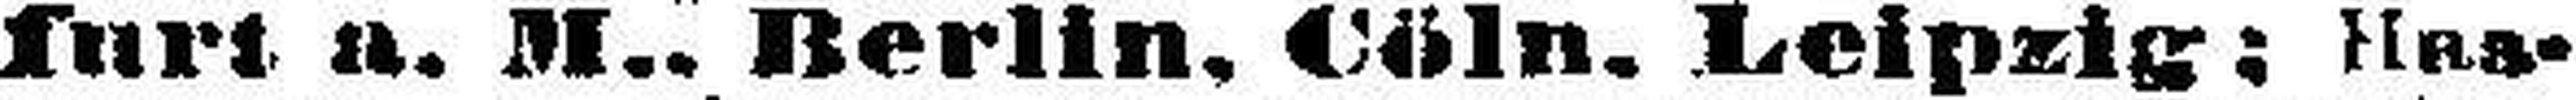
furt a. M.. Berlin, Cöln, Leipzig; Mas¬